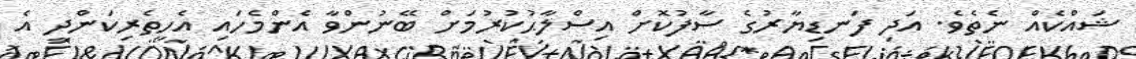
ޝައްކެއް ނެތެވެ. އަދި ފަނޑިޔާރުގެ ސާފުކޮށް އިސްލާޙުކުރުމަށް ބޭނުންވާ އެންމެހައި އެހީތެރިކަންދީ އެ